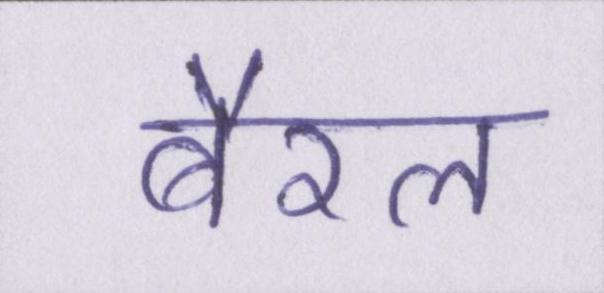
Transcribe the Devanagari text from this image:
बैरल